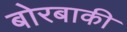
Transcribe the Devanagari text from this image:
बोरबाकी